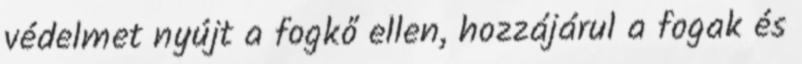
védelmet nyújt a fogkő ellen, hozzájárul a fogak és